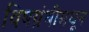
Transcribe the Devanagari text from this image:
विषग्रंथीमधून